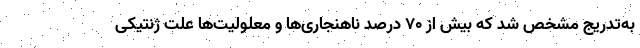
به‌تدریج مشخص شد که بیش از ۷۰ درصد ناهنجاری‌ها و معلولیت‌ها علت ژنتیکی